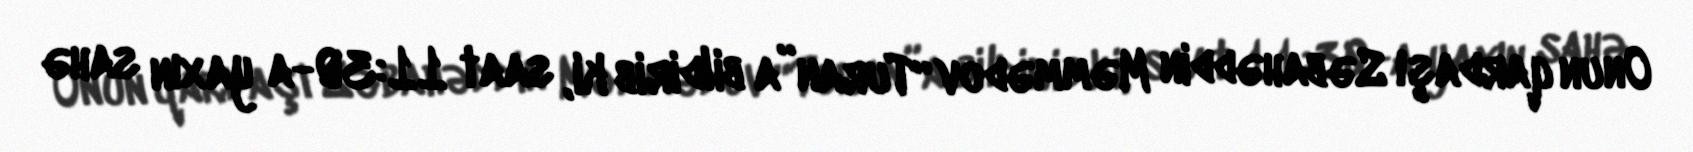
Onun qardaşı Səbahəddin Məmmədov “Turan”a bildirib ki, saat 11:30-a yaxın sahə